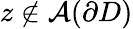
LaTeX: z\not\in\mathcal{A}(\partial D)